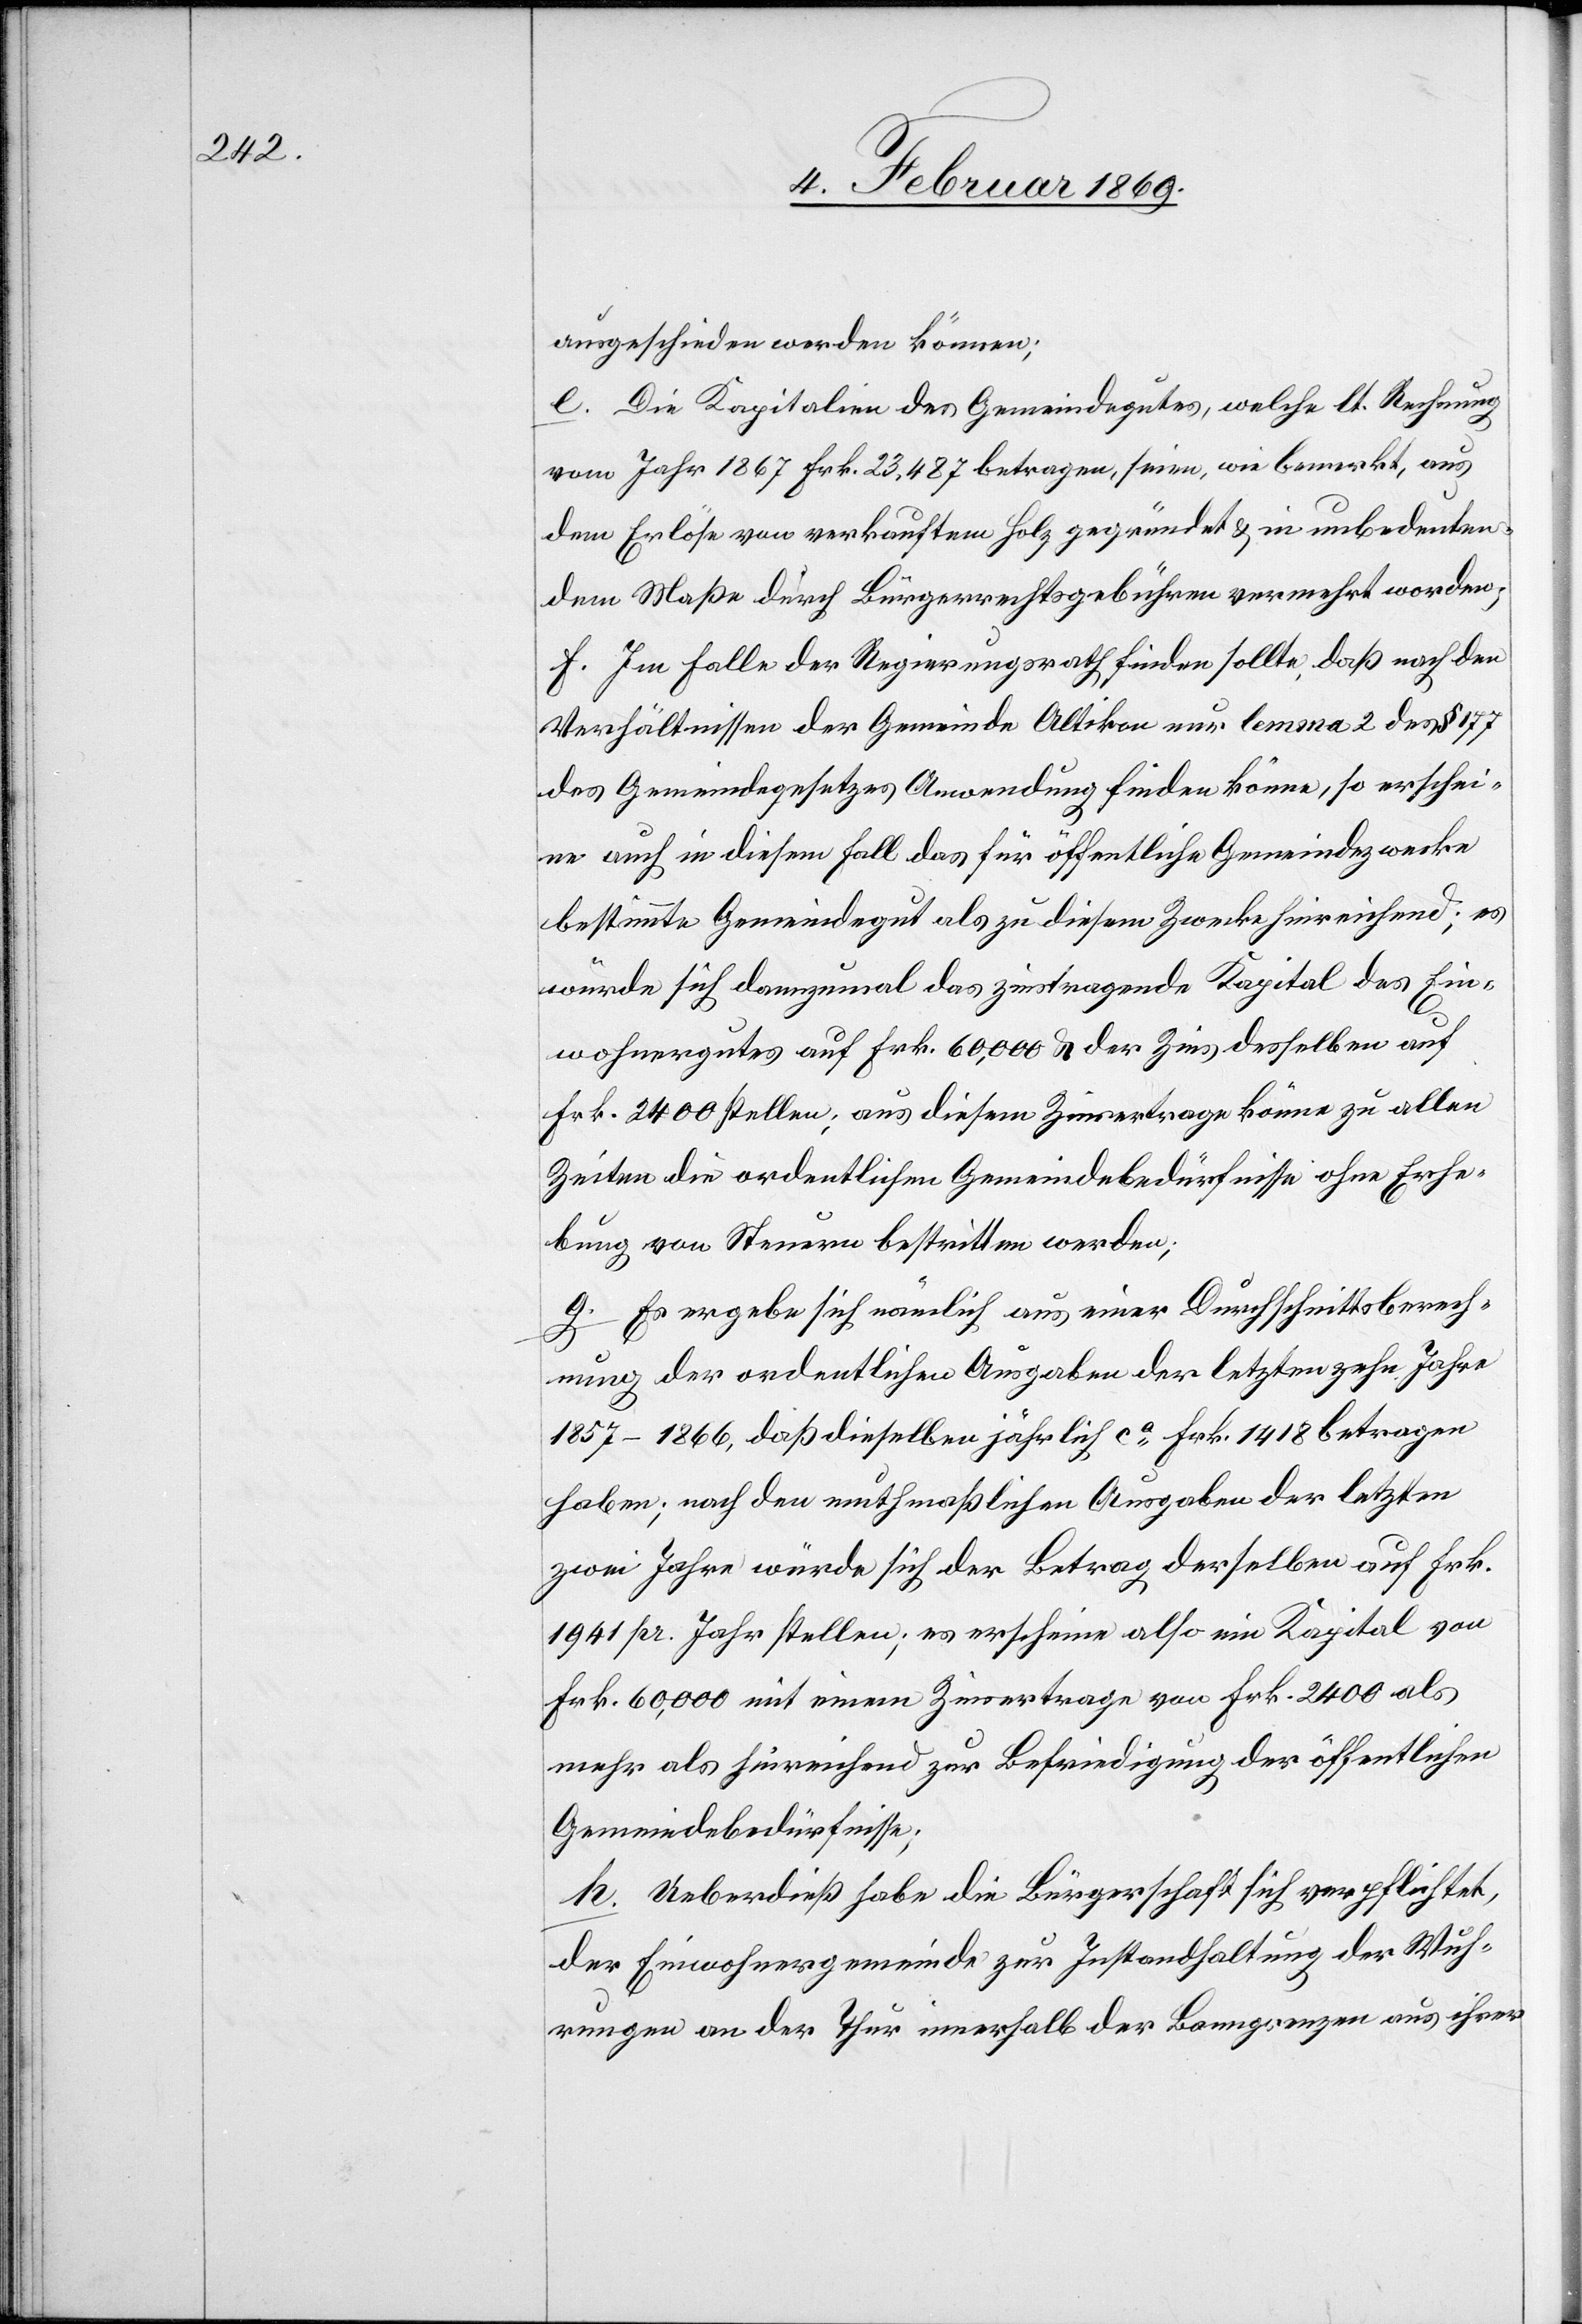
ausgeschieden werden können;
e. Die Kapitalien des Gemeindegutes, welche lt. Rechnung
vom Jahr 1867 Frk. 23,487 betragen, seien, wie bemerkt, aus
dem Erlöse von verkauftem Holz gegründet & in unbedeuten¬
dem Maße durch Bürgerrechtsgebühren vermehrt worden.
f. Im Falle der Regierungsrath finden sollte, daß nach den
Verhältnissen der Gemeinde Altikon nur lemma 2 des § 177
des Gemeindegesetzes Anwendung finden könne, so erschei¬
ne auch in diesem Fall das für öffentliche Gemeindezwecke
bestimmte Gemeindegut als zu diesem Zwecke hinreichend; es
würde sich dannzumal das zinstragende Kapital des Ein¬
wohnergutes auf Frk. 60,000 der Zins desselben auf
Frk. 2400 stellen; aus diesem Zinsertrage könne zu allen
Zeiten die ordentlichen Gemeindsbedürfnisse ohne Erhe¬
bung von Steuern bestritten werden;
g. Es ergebe sich nämlich aus einer Durchschnittsberech¬
nung der ordentlichen Ausgaben der letzten zehn Jahre
1857–1866, daß dieselben jährlich ca Frk. 1418 betragen
haben; nach den muthmaßlichen Ausgaben der letzten
zwei Jahre würde sich der Betrag derselben auf Frk.
1941 pro Jahr stellen; es erscheine also ein Kapital von
Frk. 60,000 mit einem Zinsertrage von Frk. 2400 als
mehr als hinreichend zur Befriedigung der öffentlichen
Gemeindebedürfnisse;
h. Ueberdieß habe die Bürgschaft sich verpflichtet,
der Einwohnergemeinde zur Instandhaltung der Wuh¬
rungen an der Thur innerhalb der Banngrenzen aus ihrer